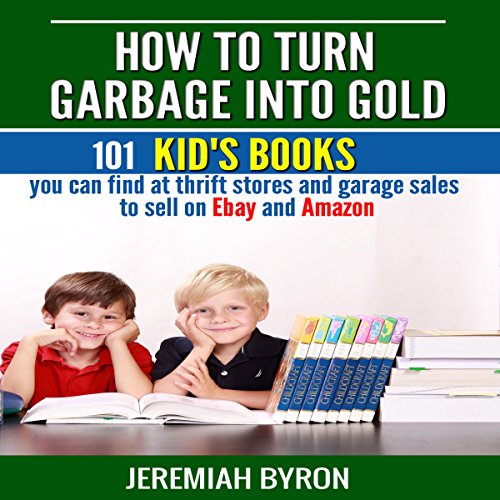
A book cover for How to Turn Garbage into Gold: 101 Kid's Books You Can Find at Thrift Stores and Garage Sales to Sell on Ebay and Amazon; Jeremiah Byron; Computers & Technology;